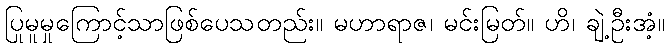
ပြုမူမှုကြောင့်သာဖြစ်ပေသတည်း။ မဟာရာဇ၊ မင်းမြတ်။ ဟိ၊ ချဲ့ဦးအံ့။